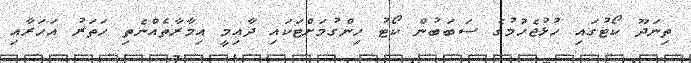
ތިނަދޫ ކޯޓުގައި ހުޅުޖެހުމުގެ ސަބަބުން ކޯޓު ހިންގުމަށްޓަކައި ދާއިމީ އިމާރާތެއްނެތި ހަތަރު އަހަރާއި